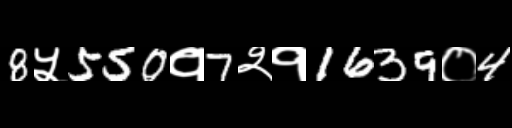
Text: 8५550१7२१1639०4